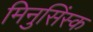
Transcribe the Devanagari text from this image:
मिनुसिंस्क